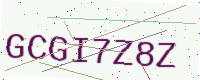
Text: GCGI7Z8Z